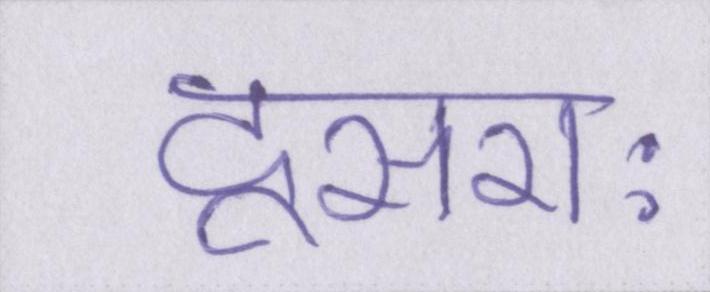
दूसराः